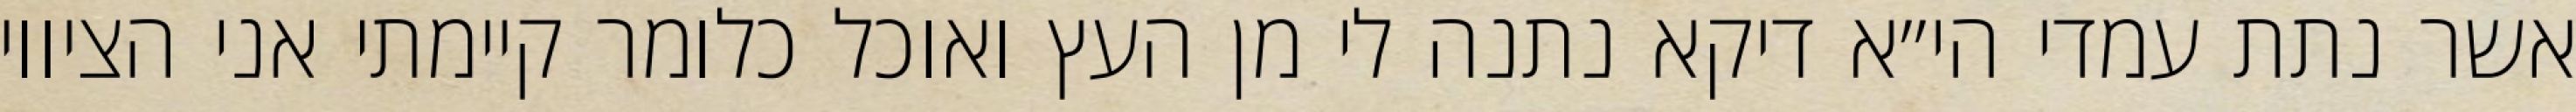
אשר נתת עמדי הי״א דיקא נתנה לי מן העץ ואוכל כלומר קיימתי אני הציווי